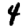
Digit: 4